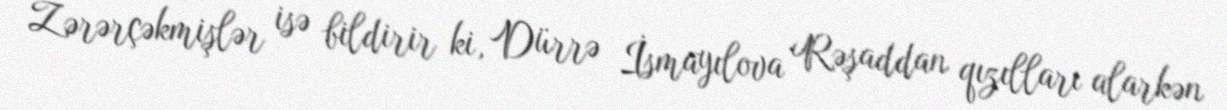
Zərərçəkmişlər isə bildirir ki, Dürrə İsmayılova Rəşaddan qızılları alarkən